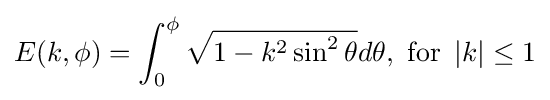
\displaystyle E(k,\phi )=\int _{0}^{\phi }{\sqrt {1-k^{2}\sin ^{2}\theta }}d\theta ,{\text{ for }}\left|k\right|\leq 1